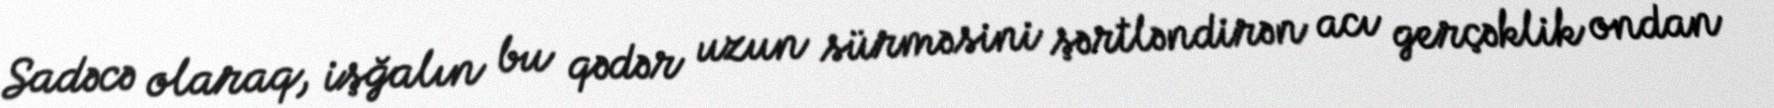
Sadəcə olaraq, işğalın bu qədər uzun sürməsini şərtləndirən acı gerçəklik ondan